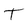
Character: T